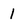
Character: 1